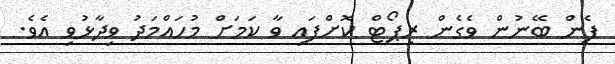
ފެން ބޭނުން ވެގެން ރިޕޯޓް ކޮށްފައި ވާ ކަމަށް މުހައްމަދު ވިދާޅުވި އެވެ.